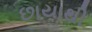
છાયાથી